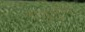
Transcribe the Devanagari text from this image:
चतुर्गुण